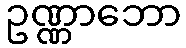
ဥဏ္ဏာဘော